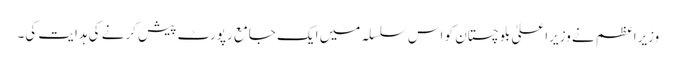
وزیراعظم نے وزیراعلیٰ بلوچستان کو اس سلسلہ میں ایک جامع رپورٹ پیش کرنے کی ہدایت کی۔